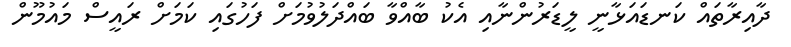
ދާއިރާތައް ކަނޑައަޅާނީ ލީޑަރުންނާއި އެކު ބާއްވާ ބައްދަލުވުމަށް ފަހުގައި ކަމަށް ރައީސް މައުމޫން